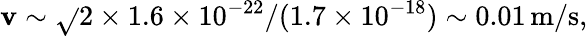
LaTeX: \mathbf{v}\sim\sqrt{}{{2\times1.6\times10^{-22}/(1.7\times10^{-18})}}\sim0.01\, \mathrm{{m/s}},